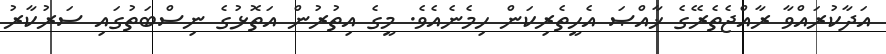
އަދާކުރައްވާ ރާއްޖެތެރޭގެ ޚާއްޞަ އެހީތެރިކަން ހިމެނެއެވެ. މީގެ އިތުރުން އަތޮޅުގެ ނިސްބަތުގައި ސަރުކާރު